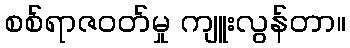
စစ်ရာဇဝတ်မှု ကျူးလွန်တာ။